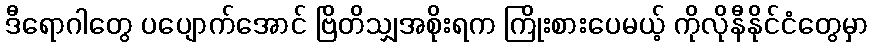
ဒီရောဂါတွေ ပပျောက်အောင် ဗြိတိသျှအစိုးရက ကြိုးစားပေမယ့် ကိုလိုနီနိုင်ငံတွေမှာ